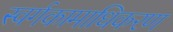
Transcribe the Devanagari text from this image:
स्वर्गकामाधिकरण